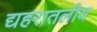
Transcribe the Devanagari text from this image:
द्यहरातलीय